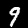
Label: 9